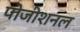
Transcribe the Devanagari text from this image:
पोजीशनल